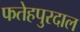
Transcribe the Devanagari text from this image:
फतेहपुरदाल